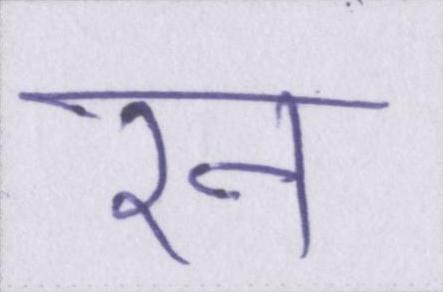
रन